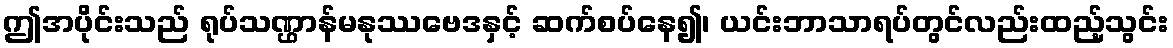
ဤအပိုင်းသည် ရုပ်သဏ္ဌာန်မနုဿဗေဒနှင့် ဆက်စပ်နေ၍၊ ယင်းဘာသာရပ်တွင်လည်းထည့်သွင်း